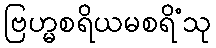
ဗြဟ္မစရိယမစရိံသု